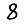
Digit: 8